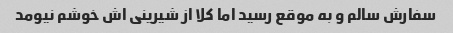
سفارش سالم و به موقع رسید اما کلا از شیرینی اش خوشم نیومد